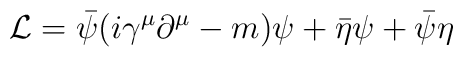
{\cal L} = \bar{\psi} (i \gamma^{\mu} \partial^{\mu} - m) \psi + \bar{\eta} \psi + \bar{\psi} \eta